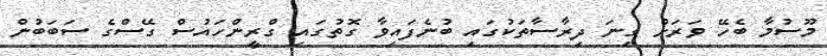
މޫސުމާ ބެހޭ ވަރަށް ގިނަ ދިރާސާތަކުގައި ބުނެފައިވާ ގޮތުގައި ގްރީންހައުސް ގޭސްގެ ސަބަބުން